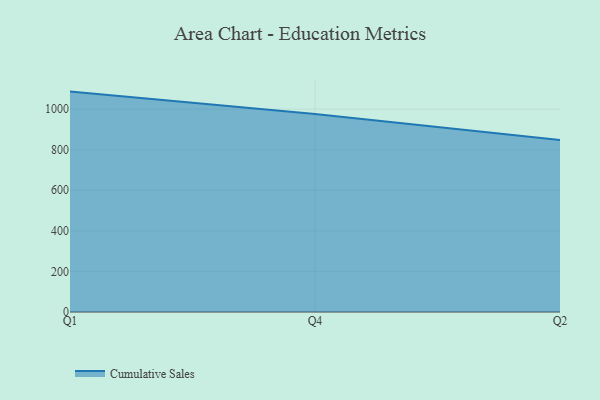
{"axis": {"x": "Quarter", "y": "Conversion Rate (%)"}, "legend": ["Cumulative Sales"], "data": [{"x": "Q1", "y": 1086.3, "type": "Cumulative Sales"}, {"x": "Q4", "y": 976.5, "type": "Cumulative Sales"}, {"x": "Q2", "y": 847.7, "type": "Cumulative Sales"}]}